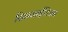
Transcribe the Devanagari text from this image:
सिनसाईटियम